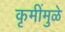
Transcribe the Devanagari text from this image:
कृमींमुळे